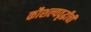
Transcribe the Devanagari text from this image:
कौशल्यवृद्धीची